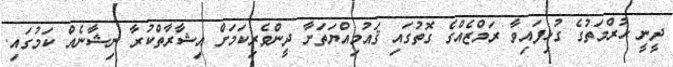
ދީނީ ޙުރްމަތުގެ ގުޅިފައިވާ ރަމްޒެއްގެ ގޮތުގައި ޤައުމިއްޔަތަށާ ދީންވެރިކަމަށް އިޝާރާތްކުރާ ނިޝާނެއް ކަމުގައި.